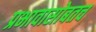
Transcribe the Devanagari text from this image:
प्रभावासोबतच